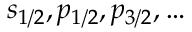
s _ { 1 / 2 } , p _ { 1 / 2 } , p _ { 3 / 2 } , \ldots